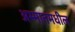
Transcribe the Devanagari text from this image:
अम्मानमधील